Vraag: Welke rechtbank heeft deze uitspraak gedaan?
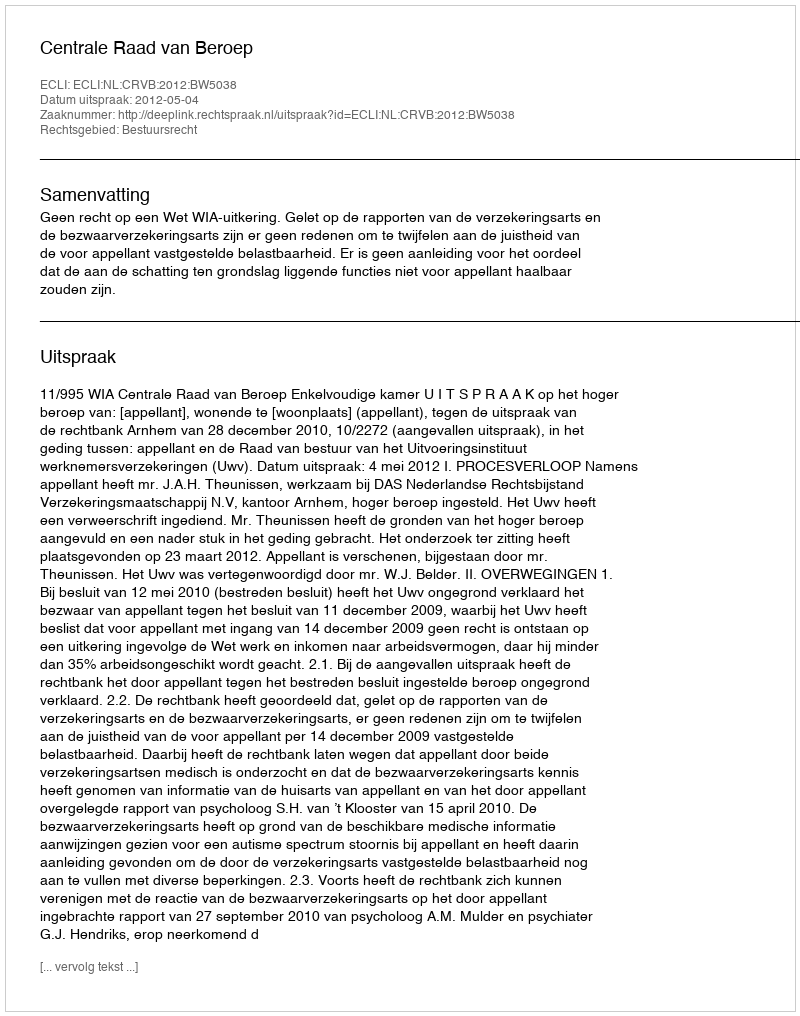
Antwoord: Centrale Raad van Beroep